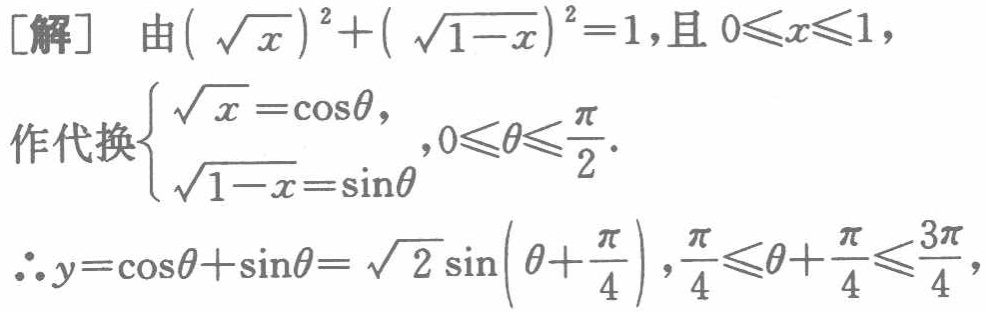
[解] 由\((\sqrt{x})^{2}+(\sqrt{1 - x})^{2}=1\)，且\(0\leqslant x\leqslant1\)，

作代换\(\begin{cases}\sqrt{x}=\cos\theta,\\\sqrt{1 - x}=\sin\theta\end{cases}\)，\(0\leqslant\theta\leqslant\frac{\pi}{2}\)。

\(\therefore y = \cos\theta+\sin\theta=\sqrt{2}\sin(\theta+\frac{\pi}{4})\)，\(\frac{\pi}{4}\leqslant\theta+\frac{\pi}{4}\leqslant\frac{3\pi}{4}\)，